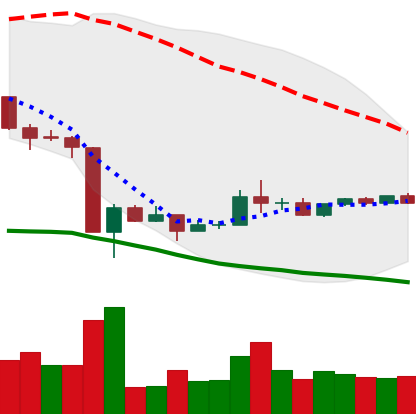
Ticker: ADA-USD
Chart end date: 2020-03-27
Forward return: 5.304%
Label: up_5_7